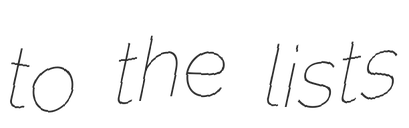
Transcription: to the lists